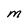
Character: M